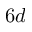
6 d